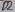
Text: D2